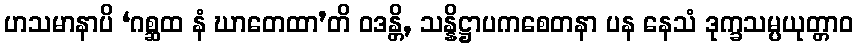
ဟသမာနာပိ ‘ဂစ္ဆထ နံ ဃာတေထာ’တိ ဝဒန္တိ, သန္နိဋ္ဌာပကစေတနာ ပန နေသံ ဒုက္ခသမ္ပယုတ္တာဝ